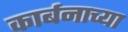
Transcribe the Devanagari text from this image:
कार्बनाच्या